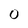
Character: 0